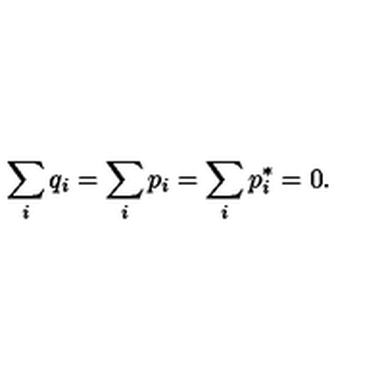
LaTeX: \sum _ { i } q _ { i } = \sum _ { i } p _ { i } = \sum _ { i } p _ { i } ^ { * } = 0 .